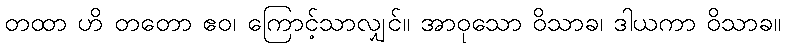
တထာ ဟိ တတော ဧဝ၊ ကြောင့်သာလျှင်။ အာဝုသော ဝိသာခ၊ ဒါယကာ ဝိသာခ။